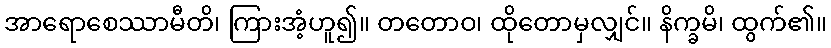
အာရောစေဿာမီတိ၊ ကြားအံ့ဟူ၍။ တတောဝ၊ ထိုတောမှလျှင်။ နိက္ခမိ၊ ထွက်၏။